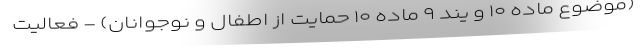
(موضوع ماده ۱۰ و یند ۹ ماده ۱۰ حمایت از اطفال و نوجوانان) - فعالیت